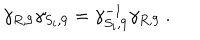
\gamma _ { R , 9 } \gamma _ { S _ { i } , 9 } = \gamma _ { S _ { i } , 9 } ^ { - 1 } \gamma _ { R , 9 } ~ .